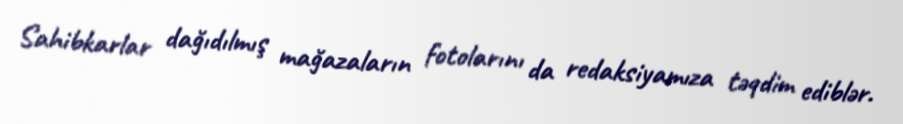
Sahibkarlar dağıdılmış mağazaların fotolarını da redaksiyamıza təqdim ediblər.